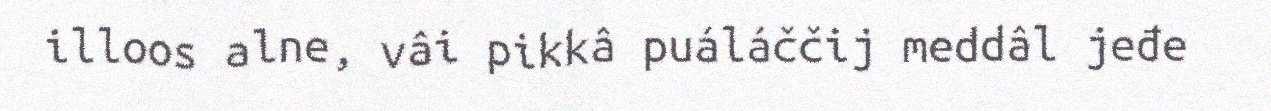
illoos alne, vâi pikkâ puáláččij meddâl jeđe